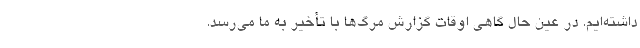
داشته‌ایم. در عین حال گاهی اوقات گزارش مرگ‌ها با تأخیر به ما می‌رسد.